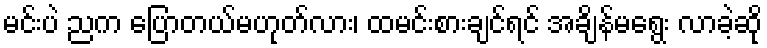
မင်းပဲ ညက ပြောတယ်မဟုတ်လား၊ ထမင်းစားချင်ရင် အချိန်မရွေး လာခဲ့ဆို